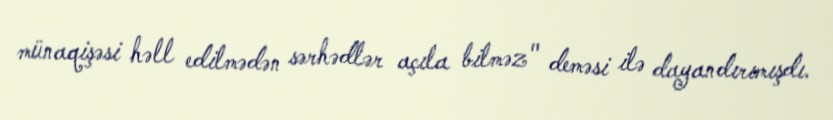
münaqişəsi həll edilmədən sərhədlər açıla bilməz" deməsi ilə dayandırımışdı.